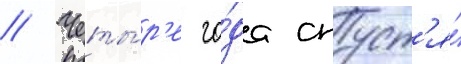
// Четы́р'е го́да спуст'я́